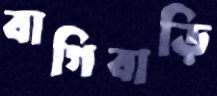
বাগিবাড়ি